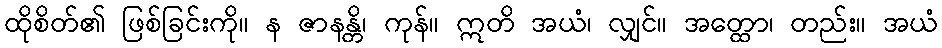
ထိုစိတ်၏ ဖြစ်ခြင်းကို။ န ဇာနန္တိ၊ ကုန်။ ဣတိ အယံ၊ လျှင်။ အတ္ထော၊ တည်း။ အယံ